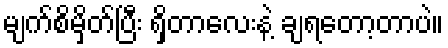
မျက်စိမှိတ်ပြီး ရှိတာလေးနဲ့ ချရတော့တာပဲ။